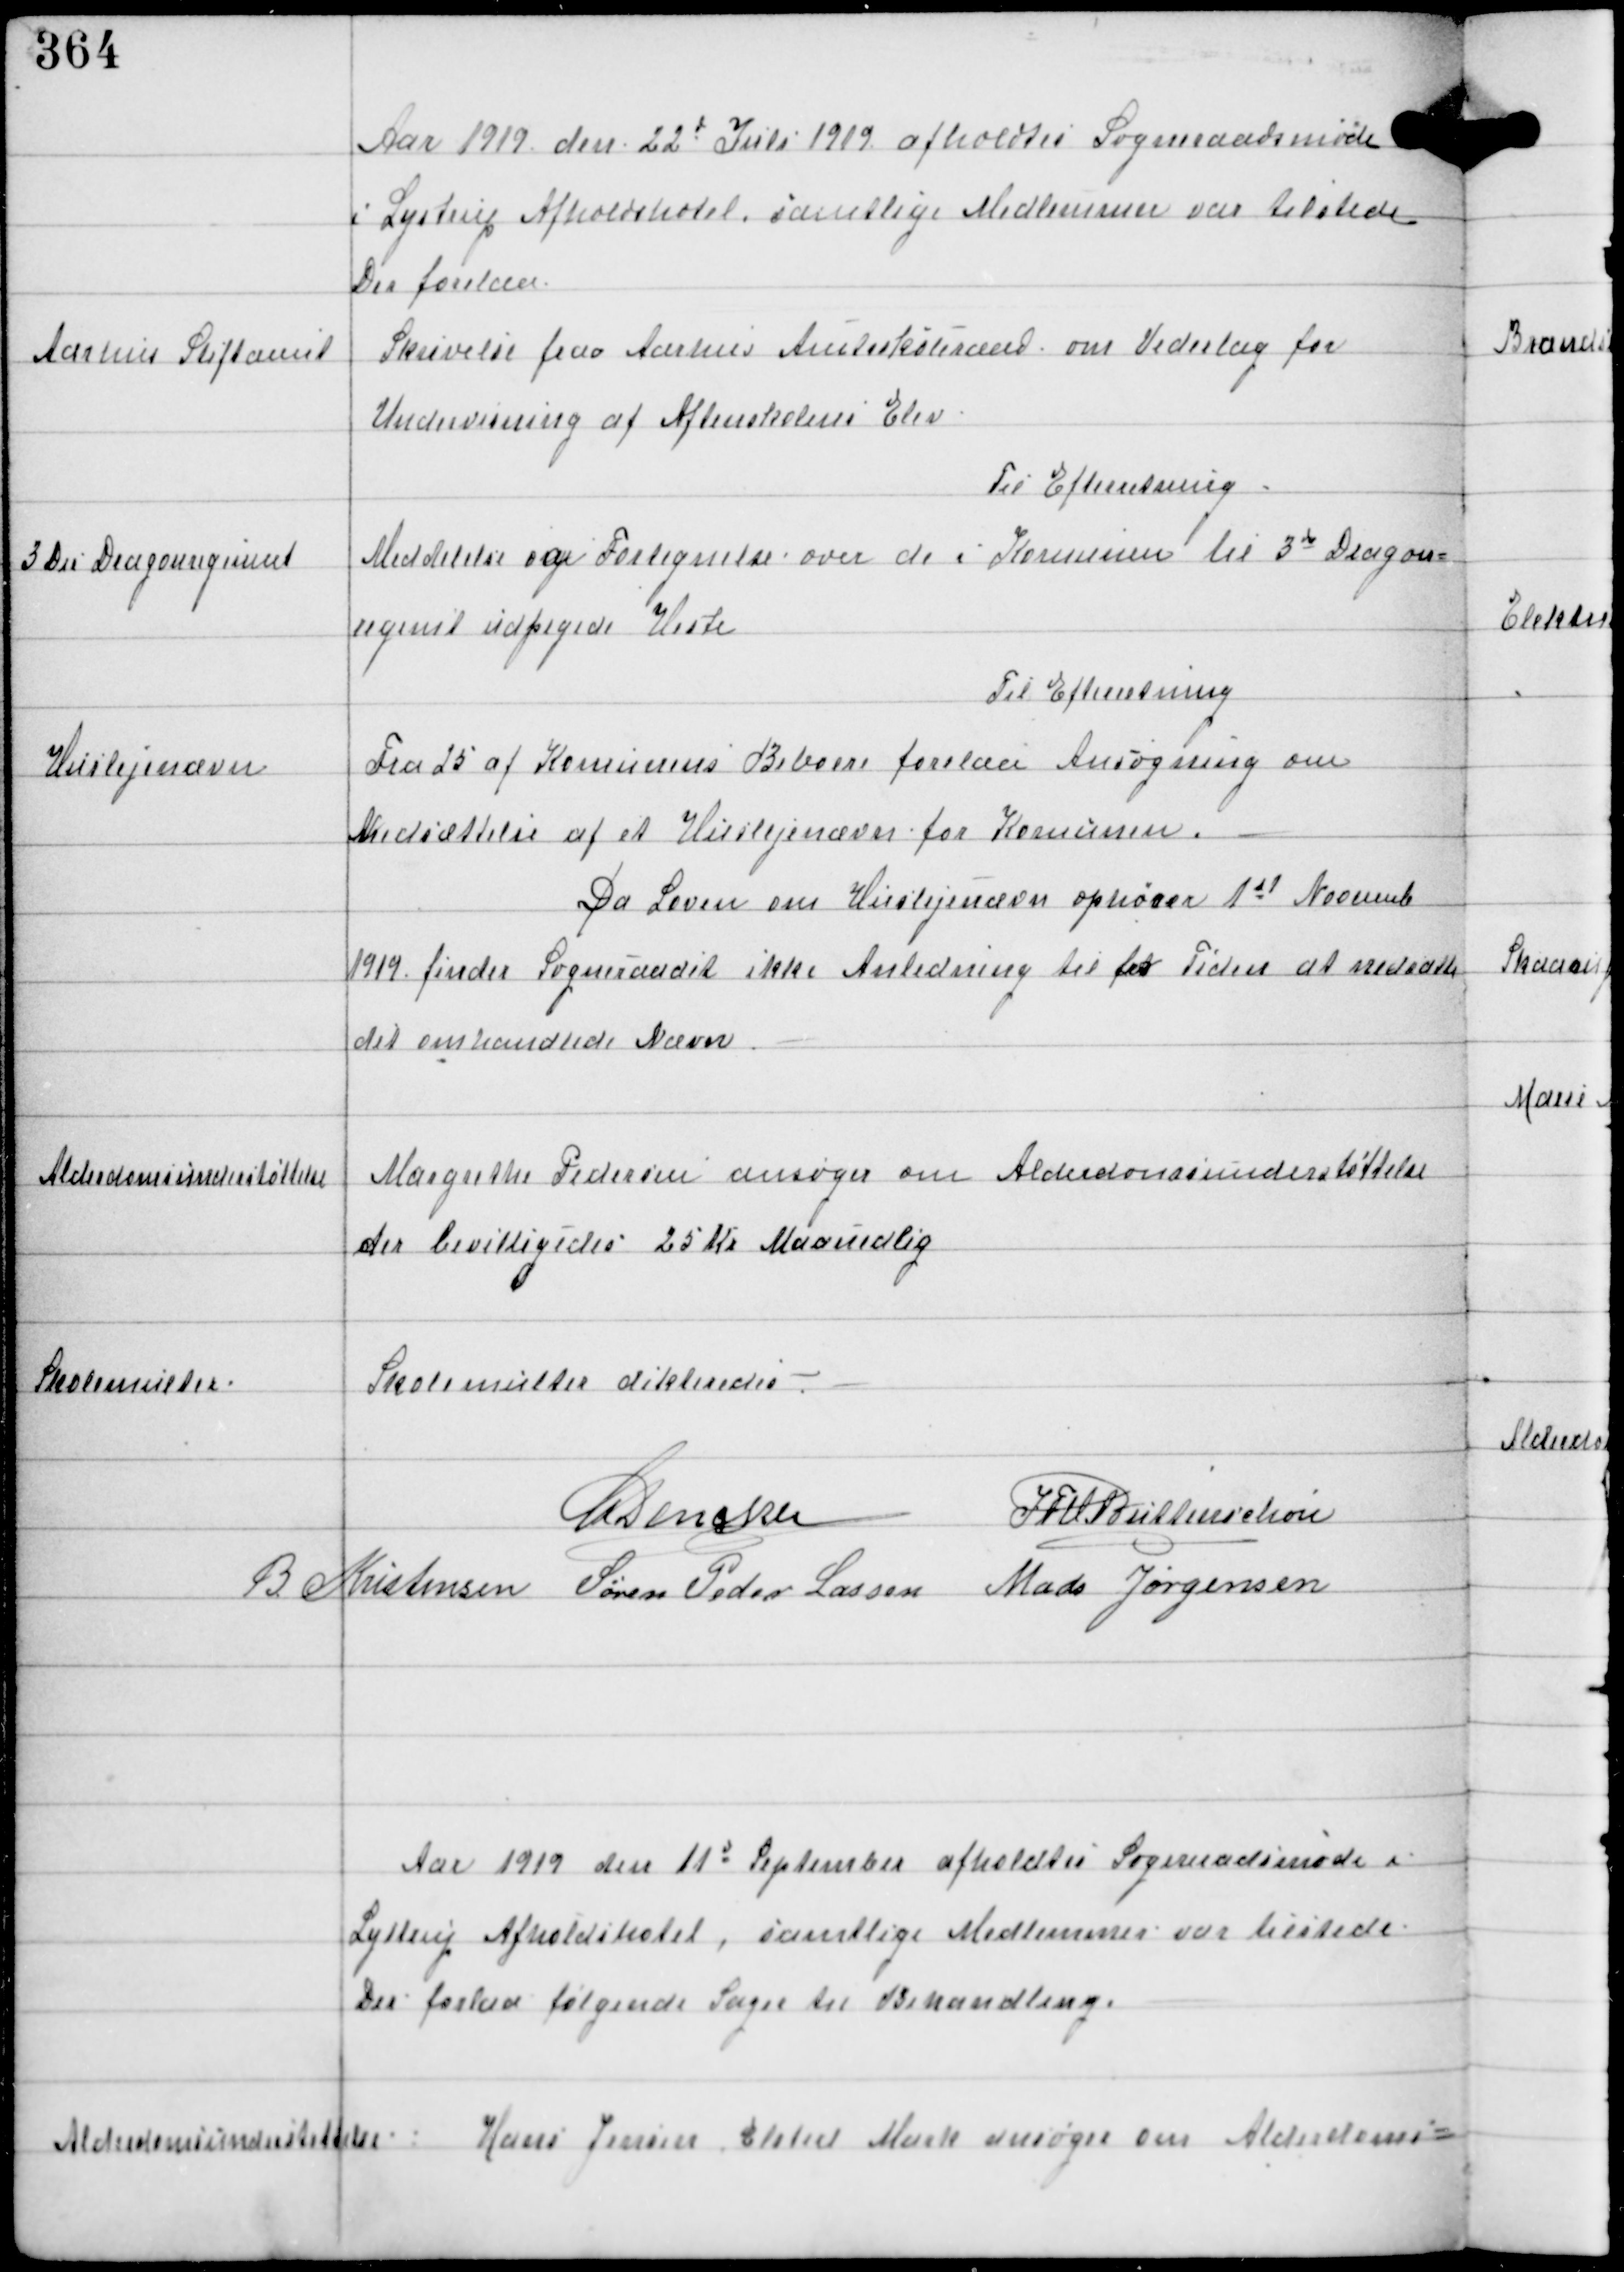
Transskription:
Aar 1919 den 22de Juli afholdtes Sogneraadsmøde
i Lystrup Afholdshotel, samtlige Medlemmer var tilstede
Der foretoges.

Aarhus Stiftamt

Skrivelse fra Aarhus Amtsskoleraad om Vederlag for
Undervisning af Aftensskolens Elev

Til Efterretning

3 Die Dragonregiment

Meddelelse og Fortegnelse over de i Komunen til 3de Dragon-
regiment udpegede Heste

Til Efterretning

Huslejenævn

Fra 25 af Komunens Beboere forelaa Ansøgning om
Nedsættelse af et Huslejenævn for Komunen.
Da Loven om Huslejenævn ophører 1st Novemb
1919 finder Sogneraadet ikke Anledning til for Tiden at nedsætte
det omhandlede Nævn.

Alderdomsunderstøttelse

Margrethe Pedersen ansøger om Alderdomsunderstøttelse
der bevilligedes 25 Kr Maanedlig

Skolemulker.

Skolemulter dikteredes. -

C Dencker IFV Buttenschøn
B Kristensen Søren Peder Lassen Mads Jørgensen

Aar 1919 den 11de September afholdtes Sogneraadsmøde i
Lystrup Afholdshotel, samtlige Medlemmer var tilstede.
Der forelaa følgende Sager til Behandling.

Alderdomsundestøttelse.

Hans Jensen Elsted Mark ansøger om Alderdoms-